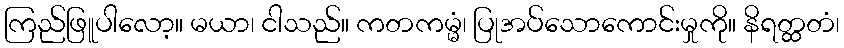
ကြည်ဖြူပါလော့။ မယာ၊ ငါသည်။ ကတကမ္မံ၊ ပြုအပ်သောကောင်းမှုကို။ နိရတ္ထတံ၊